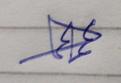
Signature authenticity: genuine